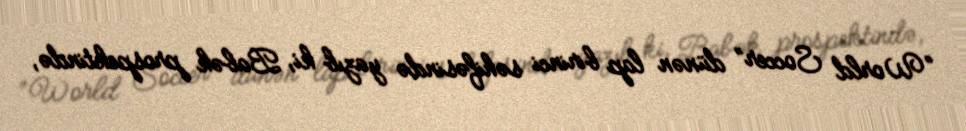
“World Soccer” dünən lap birinci səhifəsində yazıb ki, Babək prospektində,